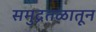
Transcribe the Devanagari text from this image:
समुद्रतळातून